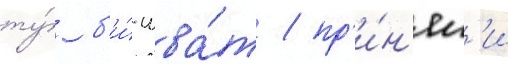
ту́ б'и́-шва́т / пр'и́н'ял'и